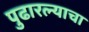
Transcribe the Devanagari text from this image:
पुढारल्याचा